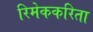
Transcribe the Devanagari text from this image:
रिमेककरिता